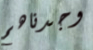
وجدناهم